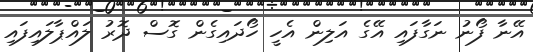
އޭނާ ފޯނު ނަގާފައި އޭގެ އަލިން އެހީ ހޯދައިގެން ގޮސް ދޮރު ލައްޕާލައިފައި